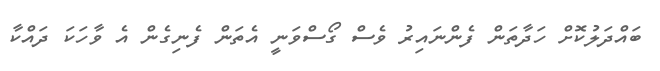
ބައްދަލުކޮށް ހަދާތަން ފެންނައިރު ވެސް ގޯސްވަނީ އެތަން ފެނިގެން އެ ވާހަކަ ދައްކާ